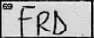
Transcription: FRD